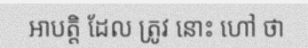
អាបត្តិ ដែល ត្រូវ នោះ ហៅ ថា